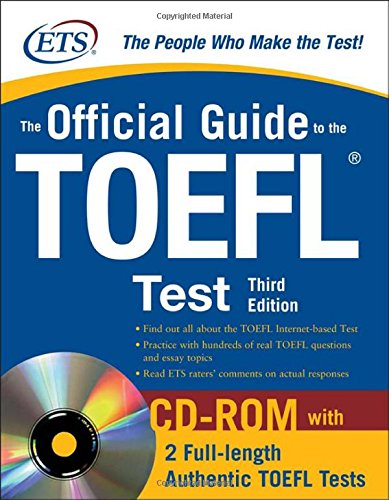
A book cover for The Official Guide to the TOEFL iBT with CD-ROM, Third Edition; Educational Testing Service; Test Preparation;